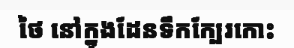
ថៃ នៅក្នុងដែនទឹកក្បែរកោះ